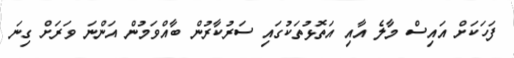
ފަހަކަށް އައިސް މާލެ އާއި އަތޮޅުތަކުގައި ސަރުކާރުން ބާއްވަމުން އަންނަ ވަރަށް ގިނަ